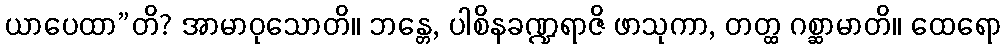
ယာပေထာ”တိ? အာမာဝုသောတိ။ ဘန္တေ, ပါစိနခဏ္ဍရာဇိ ဖာသုကာ, တတ္ထ ဂစ္ဆာမာတိ။ ထေရော